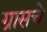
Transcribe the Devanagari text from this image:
ग्रासचे